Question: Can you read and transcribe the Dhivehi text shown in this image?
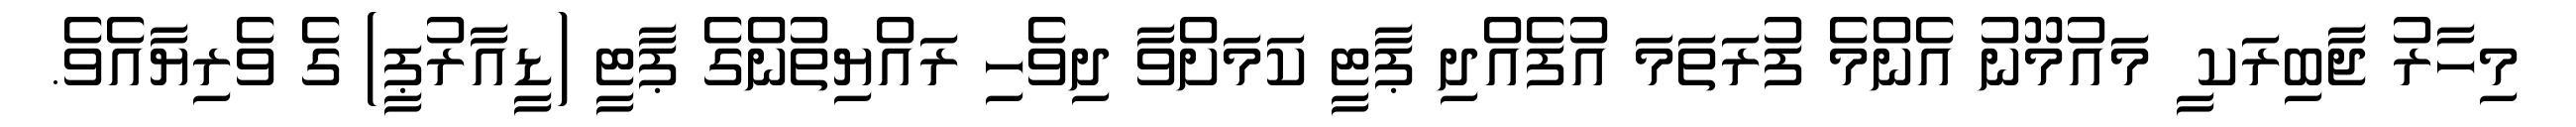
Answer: މިހާރު ޖާބިރަކ ީ މައުމޫނު އެންމެ ފުރަތަމަ އުފެއްދި ޕާޓީ ކަމަށްވާ ދިވެހި ރައްޔިތުންގެ ޕާޓީ (ޑީއާރުޕީ) ގެ ވެރިޔާއެވެ.